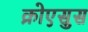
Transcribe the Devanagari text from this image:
क्रोएसुस